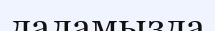
даламызда